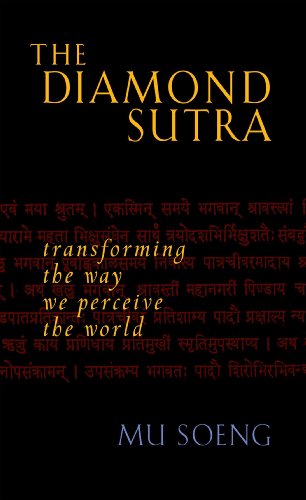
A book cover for The Diamond Sutra: Transforming the Way We Perceive the World; Mu Soeng; Religion & Spirituality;